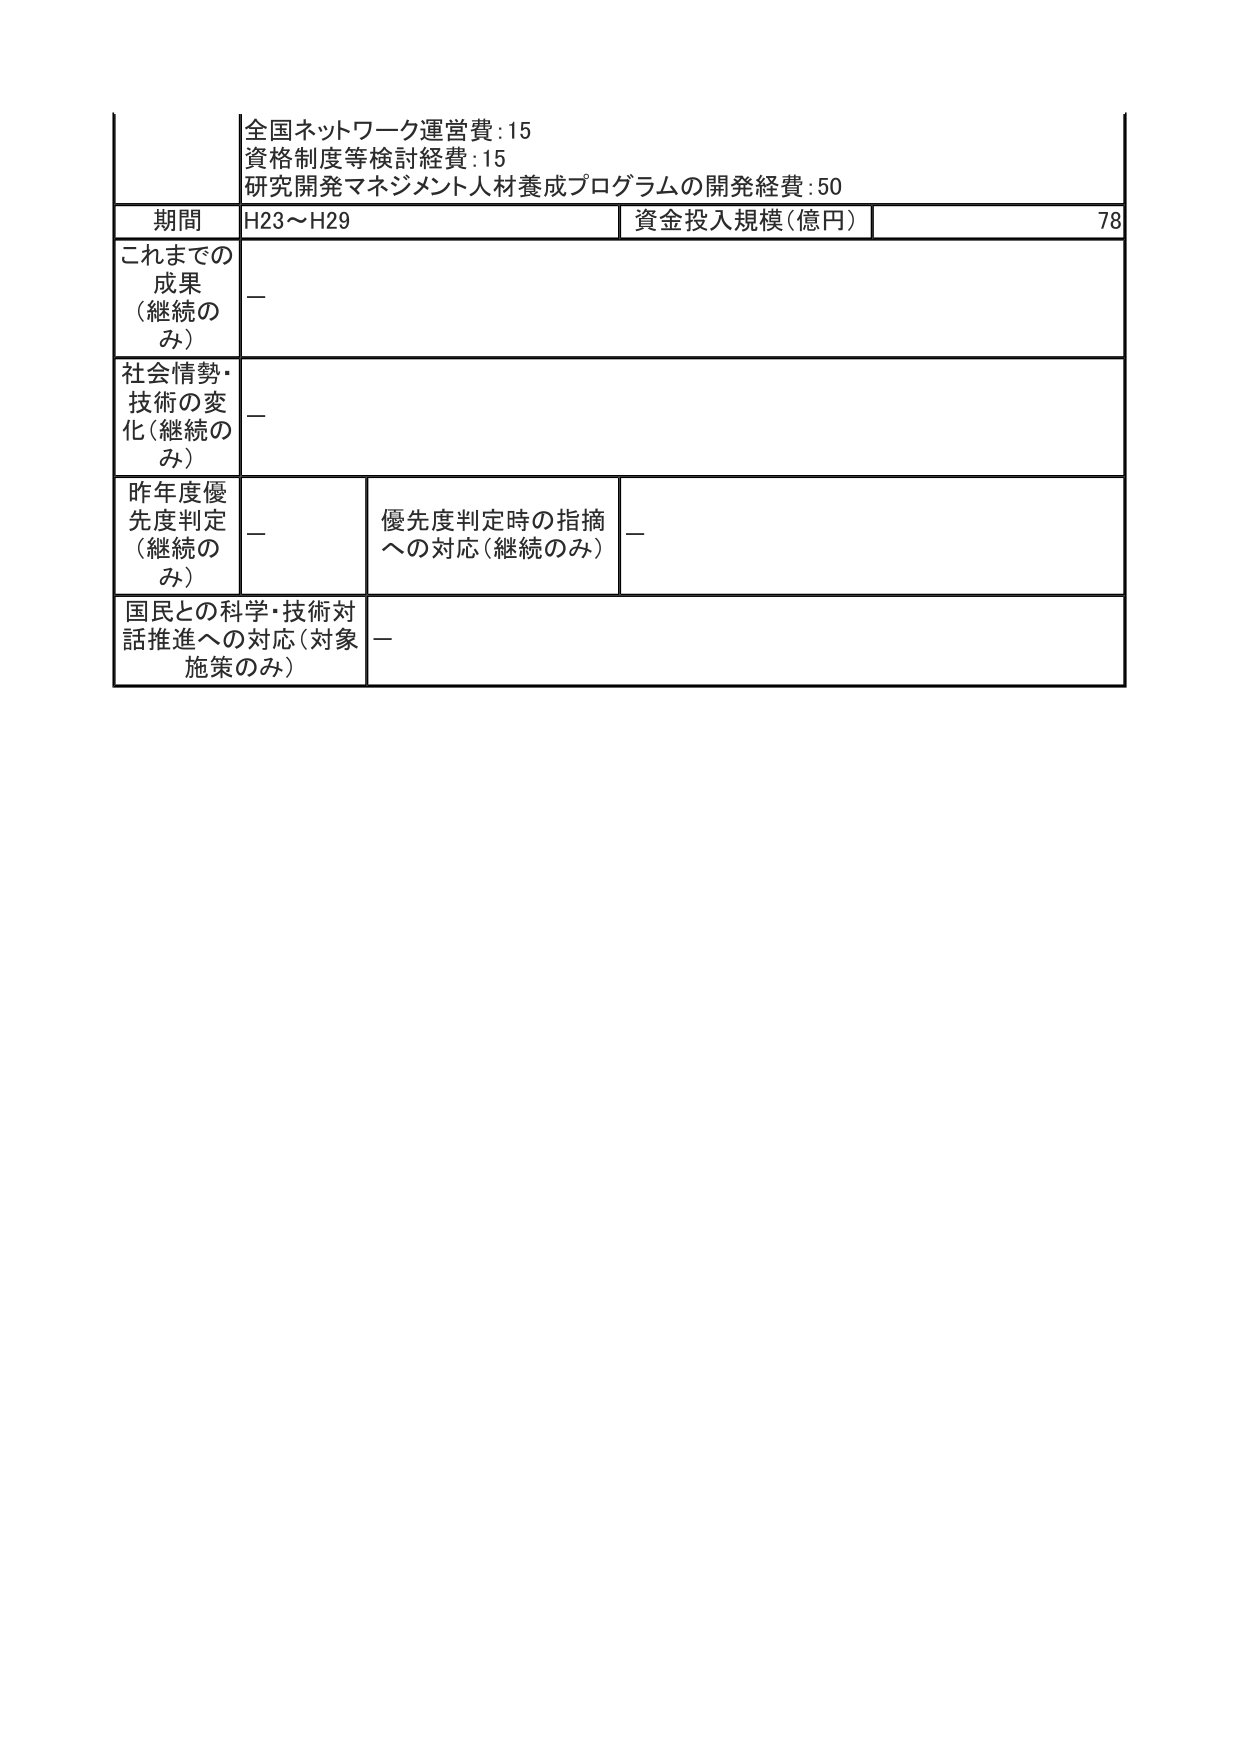
全国ネットワーク運営費:15
資格制度等検討経費:15
研究開発マネジメント人材養成プログラムの開発経費:50

期間 H23～H29 資金投入規模(億円) 78

これまでの成果（継続のみ） —

社会情勢・技術の変化（継続のみ） —

昨年度優先度判定（継続のみ） — 優先度判定時の指摘への対応（継続のみ） —

国民との科学・技術対話推進への対応（対象施策のみ） —